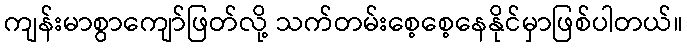
ကျန်းမာစွာကျော်ဖြတ်လို့ သက်တမ်းစေ့စေ့နေနိုင်မှာဖြစ်ပါတယ်။